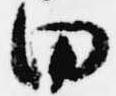
田